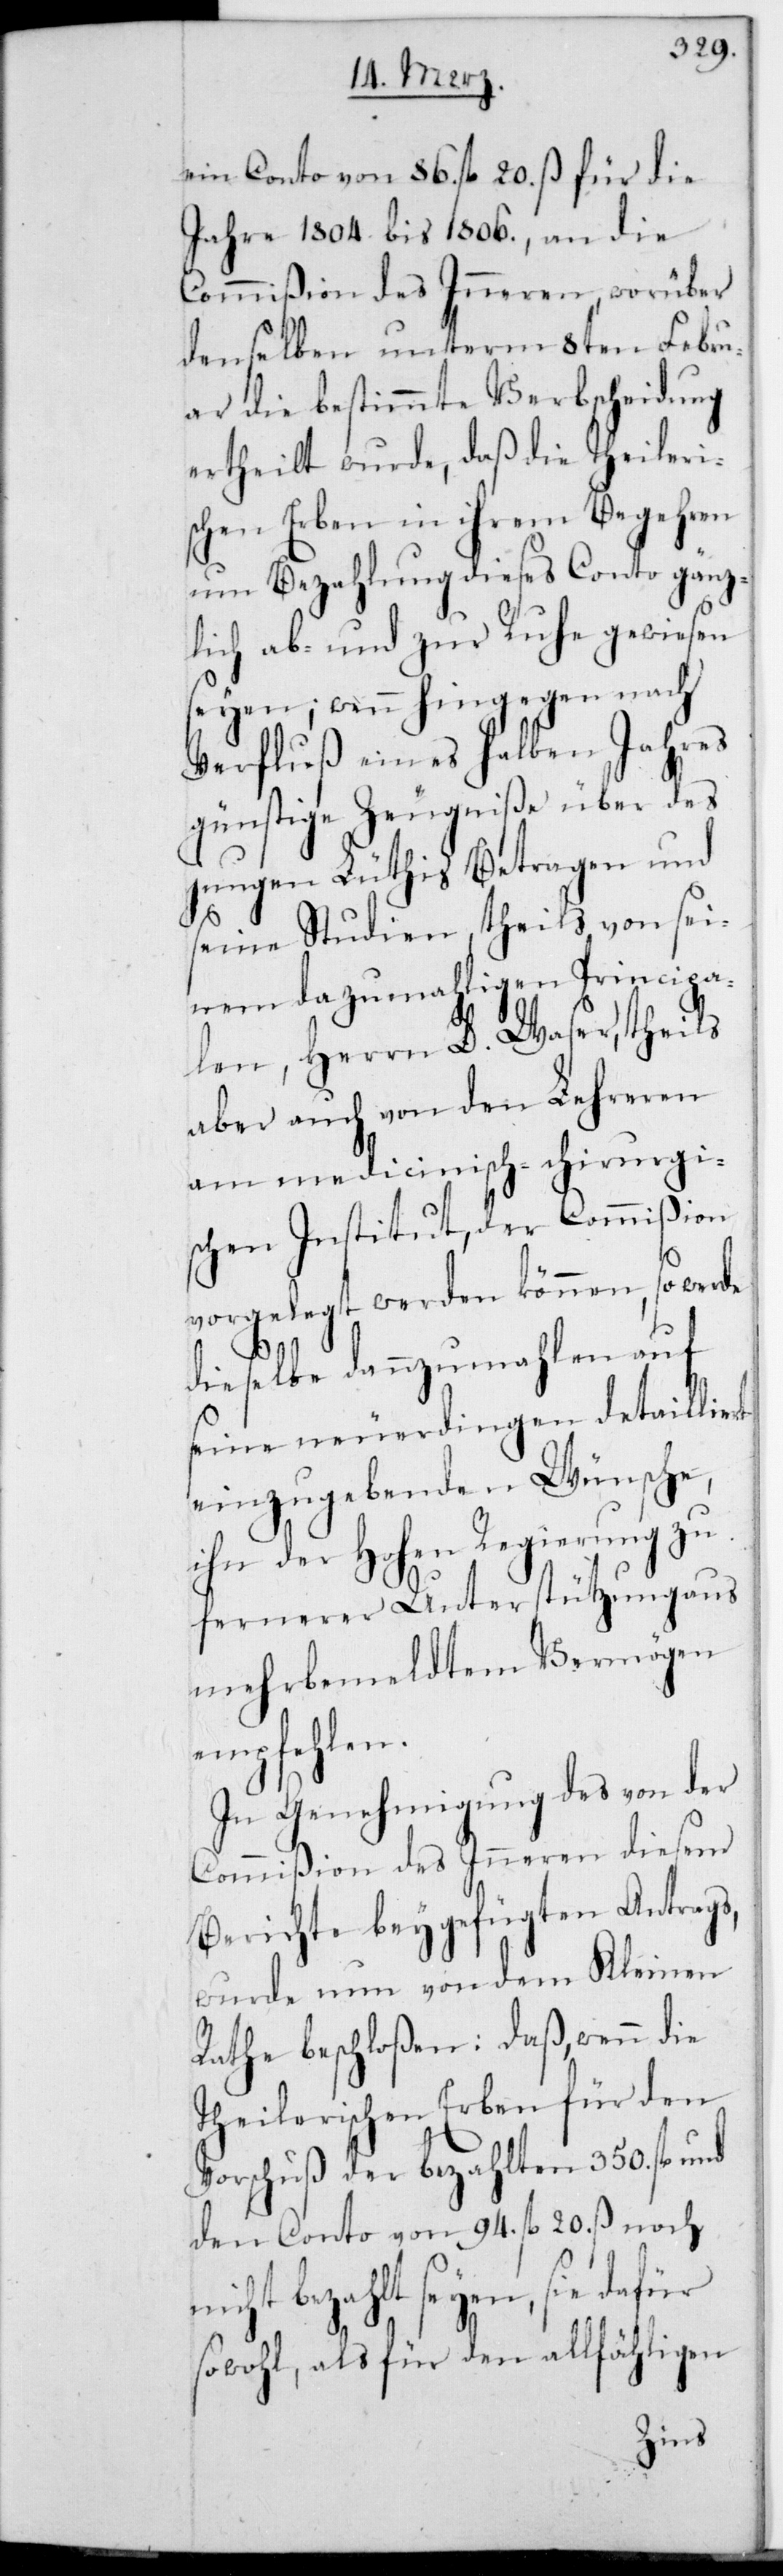
ein Conto von 86. fl. 20. ß für die
Jahre 1804. bis 1806., an die
Commißion des Inneren, worüber
denselben unterm 8ten Febru¬
ar die bestimmte Verbscheidung
ertheilt wurde, daß die Theileri¬
schen Erben in ihrem Begehren
um Bezahlung dieses Conto gänz¬
lich ab- und zur Ruhe gewiesen
seyen; wenn hingegen nach
Verfluß eines halben Jahres
günstige Zeugniße über des
jungen Lüthis Betragen und
seine Studien, theils von sei¬
nem dazumahligen Principa¬
len, Herrn D. Waser, theils
aber auch von den Lehreren
am medicinisch-chirurgi¬
schen Institut, der Commißion
vorgelegt werden können, so werde
dieselbe dannzumahlen auf
seine neuerdingen detaillie¬
einzugebende Wünsche,
ihn der Hohen Regierung zu
fernerer Unterstützung aus
mehrbemeldtem Vermögen
empfehlen.
In Genehmigung des von der
Commißion des Inneren diesem
Berichte beygefügten Antrags,
wurde nun von dem Kleinen
Rathe beschloßen: Daß wenn die
Theilerischen Erben für den
Vorschuß der bezahlten 350. fl. und
den Conto von 94. fl. 20. ß noch
bezahlt seyen, sie dafür
sowohl als für den allfähligen
rt